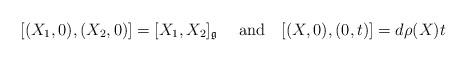
LaTeX: \begin{align*}[(X_1,0),(X_2,0)]=[X_1,X_2]_\mathfrak{g}\quad\text{ and}\quad[(X,0),(0,t)]=d\rho(X)t\end{align*}